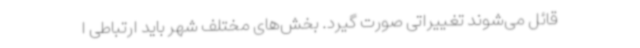
قائل می‌شوند تغییراتی صورت گیرد. بخش‌های مختلف شهر باید ارتباطی ا